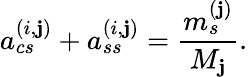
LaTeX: a_{cs}^{(i,\mathbf{j})}+a_{ss}^{(i,\mathbf{j})}=\frac{{m_{s}^{(\mathbf{j})}}}{{M_{\mathbf{j}}}}.